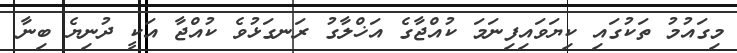
މިގައުމު ތަކުގައި ކިޔަވައިފިނަމަ ކުއްޖާގެ އަޚްލާގު ރަނގަޅުވެ ކުއްޖާ އަކީ ދުނިޔެ ބިނާ